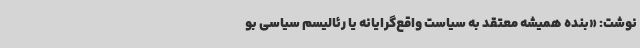
نوشت: «بنده همیشه معتقد به سیاست واقع‌گرایانه یا رئالیسم سیاسی بو